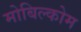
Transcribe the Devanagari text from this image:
मोबिल्कोम